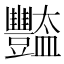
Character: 豓